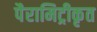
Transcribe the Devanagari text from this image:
पैरामिट्रीकृत